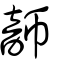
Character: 韴